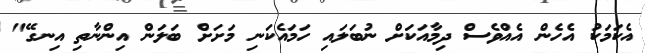
އެކަމަކު އެހެން އެއްވެސް ދިމާއަކަށް ނުބަލައި ހަމައެކަނި މަށަށް ބަލަން އިންނާތި އިނގޭ"